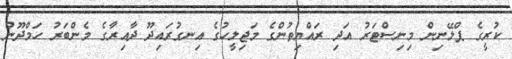
ކުރީގެ ޕްލޭނިން މިނިސްޓަރު އަދި ރައްޔިތުންގެ މަޖިލީހުގެ އިނގުރައިދޫ ދާއިރާގެ މެންބަރު ހަމްދޫން